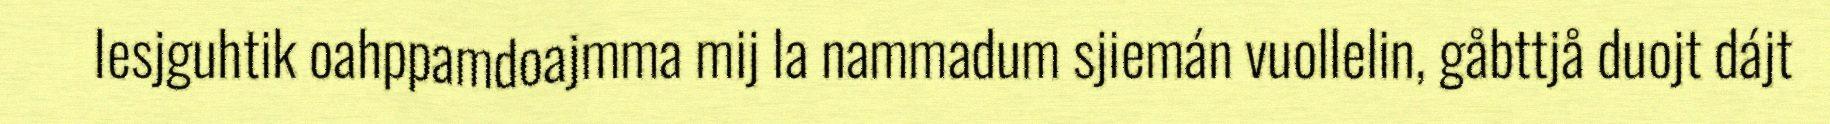
Iesjguhtik oahppamdoajmma mij la nammadum sjiemán vuollelin, gåbttjå duojt dájt